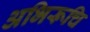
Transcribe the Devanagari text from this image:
अभिरूचि